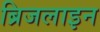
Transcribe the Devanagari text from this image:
ब्रिजलाइन